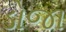
ડોજા